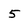
Character: 5